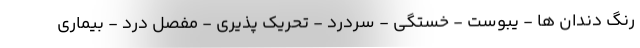
رنگ دندان ها - یبوست - خستگی - سردرد - تحریک پذیری - مفصل درد - بیماری